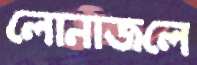
লোনাজলে